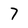
Character: 7